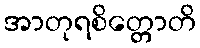
အာတုရစိတ္တောတိ